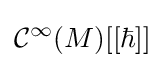
{\mathcal {C}}^{\infty }(M)[[\hbar ]]